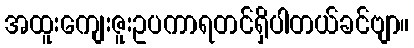
အထူးကျေးဇူးဥပကာရတင်ရှိပါတယ်ခင်ဗျာ။